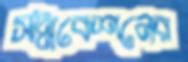
সন্নিবেশনের